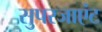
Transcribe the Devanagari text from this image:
सुपरजाएंट